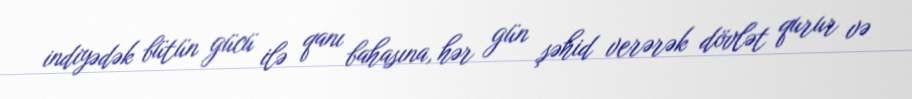
indiyədək bütün gücü ilə qanı bahasına, hər gün şəhid verərək dövlət qurur və